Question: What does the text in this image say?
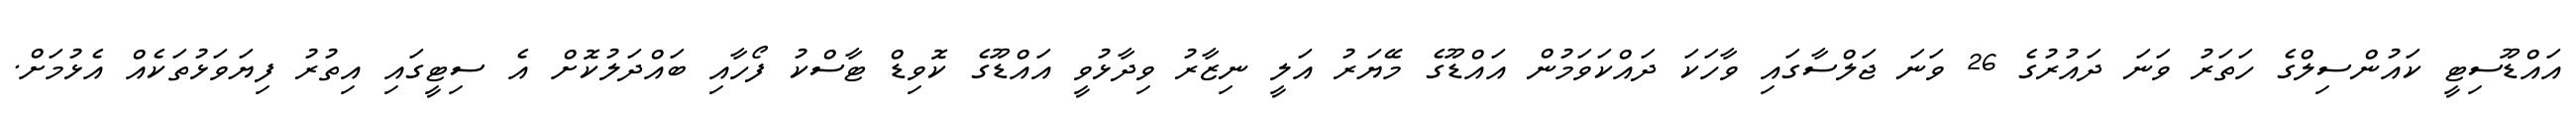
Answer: އައްޑޫސިޓީ ކައުންސިލްގެ ހަތަރު ވަނަ ދައުރުގެ 26 ވަނަ ޖަލްސާގައި ވާހަކަ ދައްކަވަމުން އައްޑޫގެ މޭޔަރު އަލީ ނިޒާރު ވިދާޅުވީ އައްޑޫގެ ކޮވިޑް ޓާސްކު ފޯހާއި ބައްދަލުކޮށް އެ ސިޓީގައި އިތުރު ފިޔަވަޅުތަކެއް އެޅުމަށް.